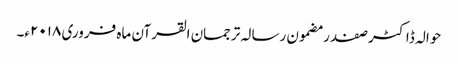
حوالہ ڈاکٹر صفدر مضمون رسالہ ترجمان القرآن ماہ فروری ۲۰۱۸ء۔